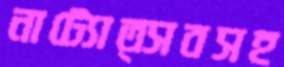
নাট্যোত্সবসহ